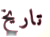
تاريخ